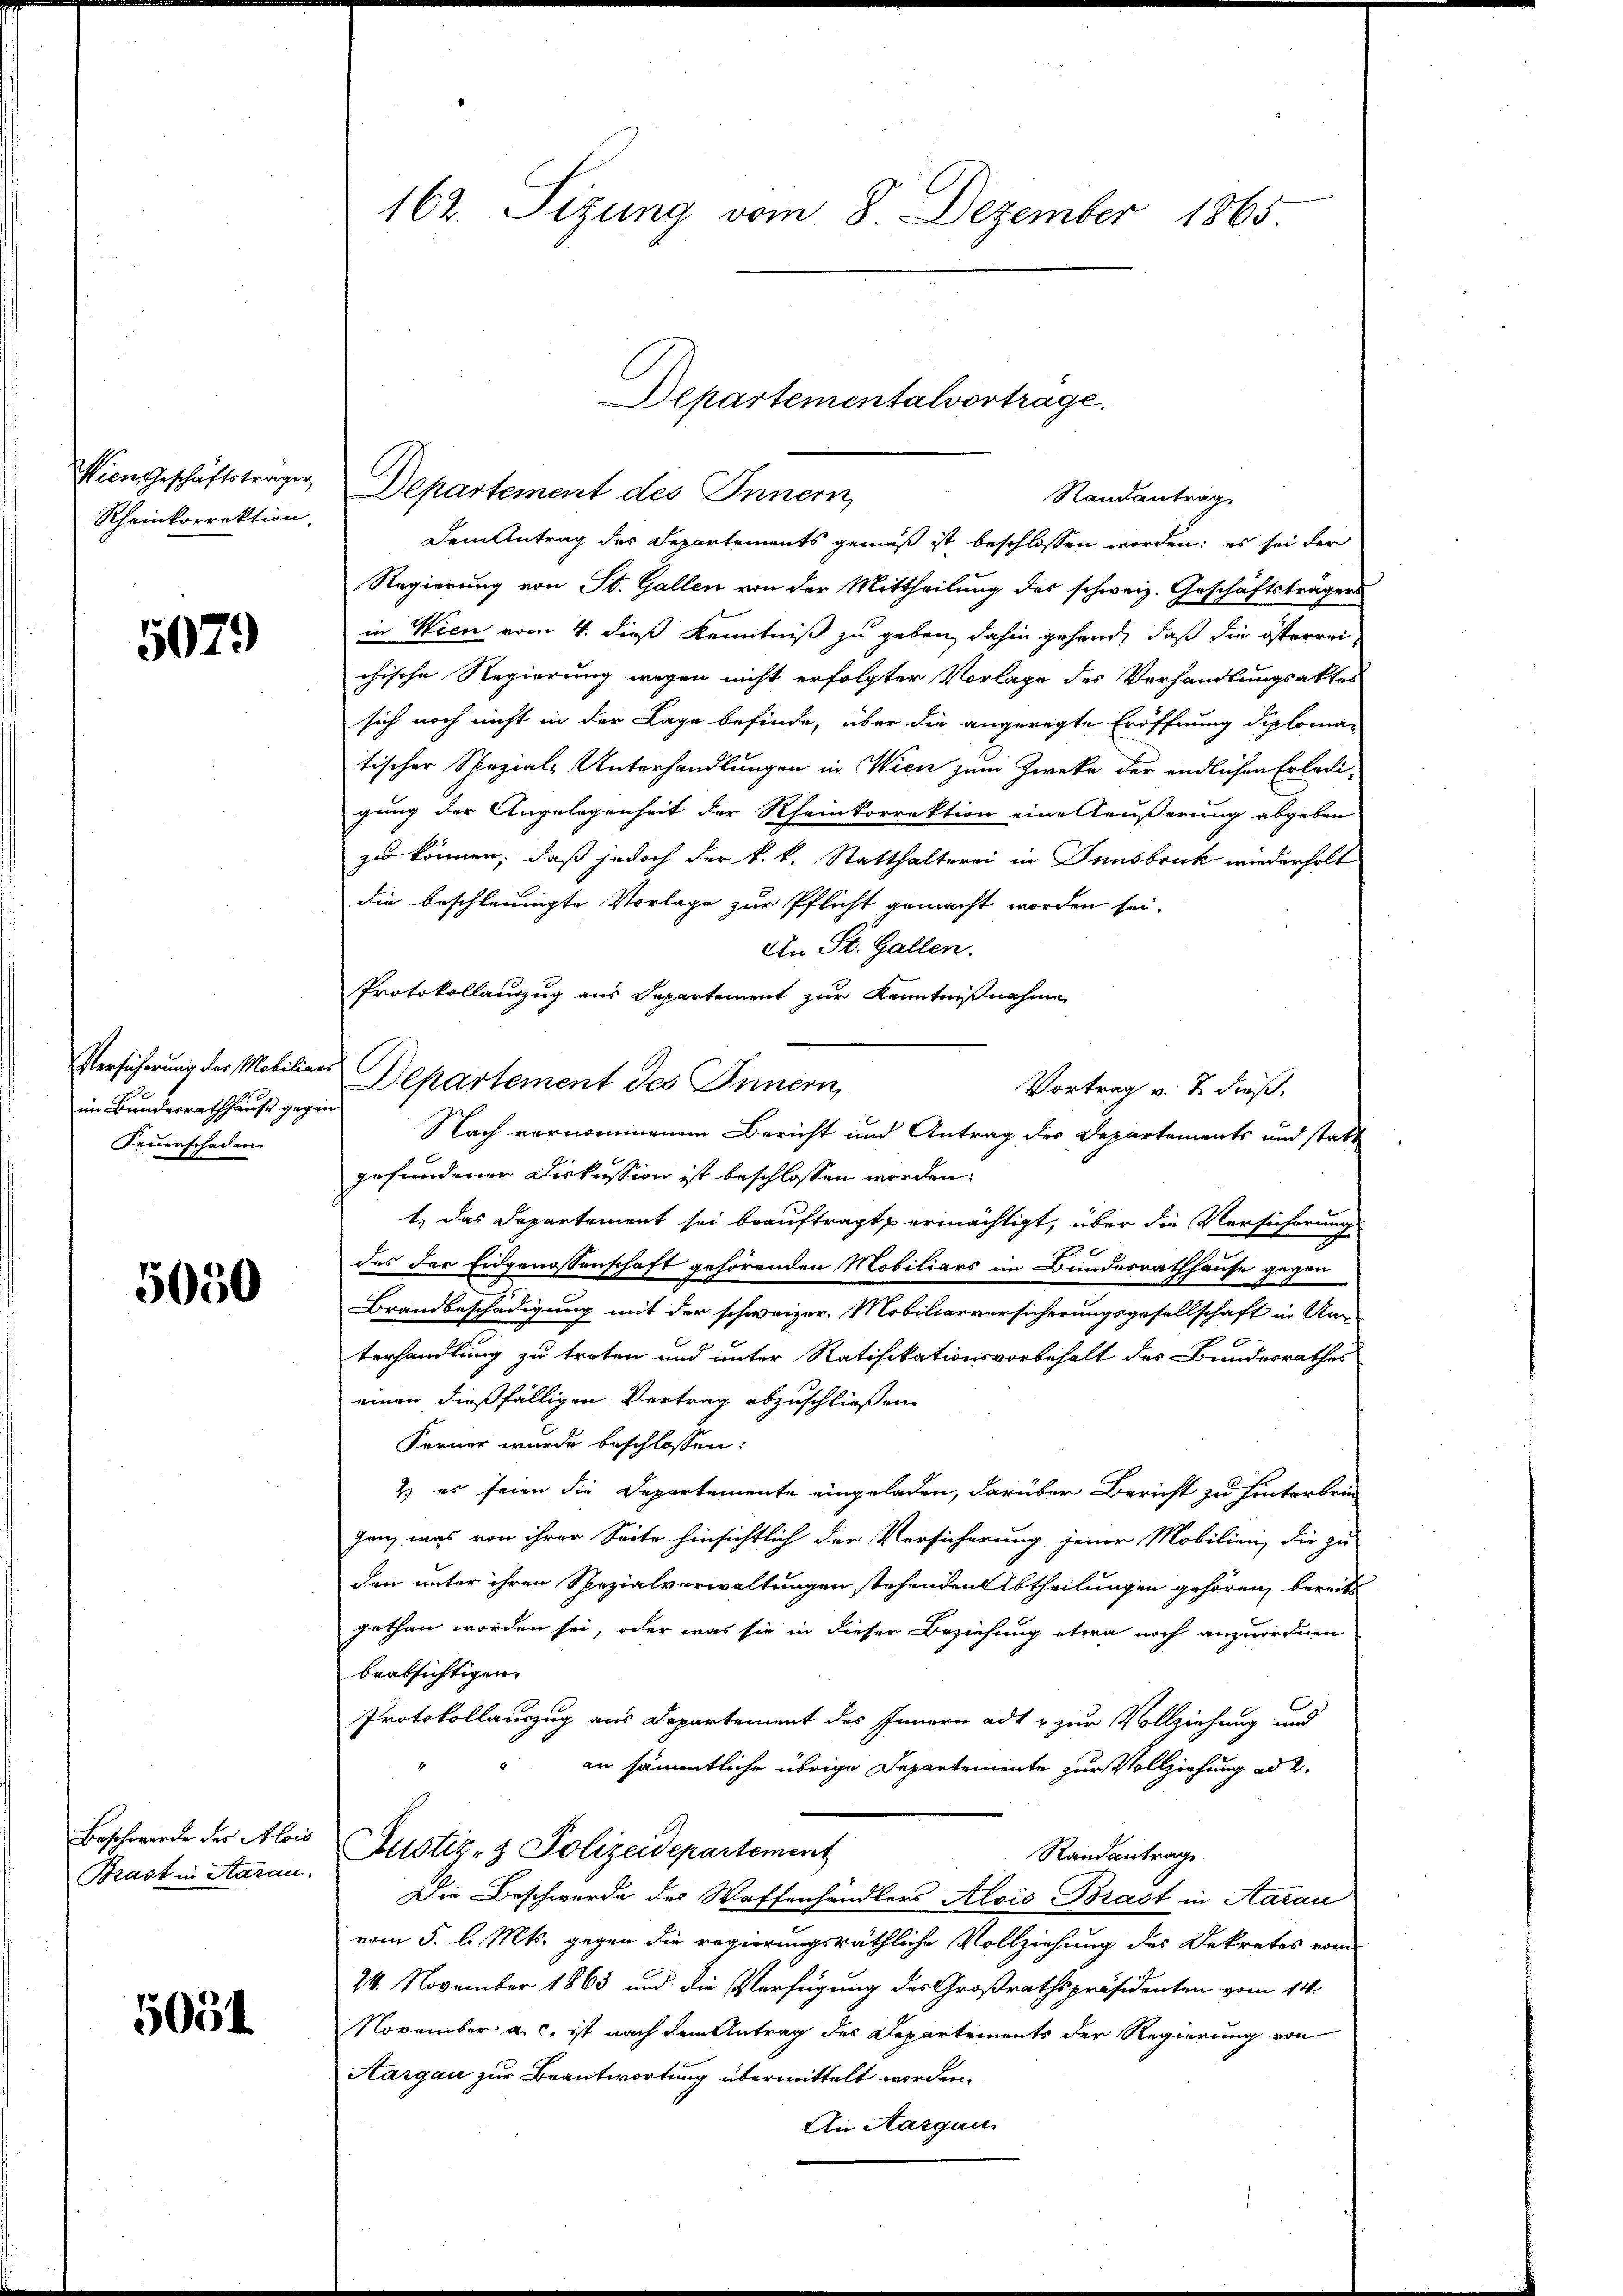
Wien Geschäftsträger,
Rheinkorrektion

5079

im Bundesrathhause gegen
Feuerschaden.

5050

Beschwerde des Alois
Brast in Saran.

5051

162. Sitzung vom 8. Dezember 1865

Dem Antrag des Departements gemäß ist beschlossen worden; es sei der
Regierung von St. Gallen von der Mittheilung des schweiz. Geschäftsträgers
in Wien vom 4. dieß Kenntniß zu geben, dahin gehend, daß die österreichische Regierung wegen nicht erfolgter Vorlage des Verhandlungsaktes
sich noch nicht in der Lage befinde, über die angeregte Eröffnung diploman
tischer Spezial-Unterhandlungen in Wien zum Zwecke der endlichen Erledi-
gung der Angelegenheit der Rheinkorrektion eine Aeußerung abgeben
zu können, daß jedoch der k. k. Statthalterei in Innsbruck wiederholt
die beschleinigte Vorlage zur Pflicht gemacht worden sei.
An St. Gallen.
Protokollauszug aus Departement zur Kenntnißnahme
Versicherung der Mobilier Departement des Innern,
Vortrag v. J. dieß.
Nach vernommenem Bericht und Antrag der Departements und statt
gefundener Diskussion ist beschlossen worden.
1.) Das Departement sei beauftragt, ermächtigt, über die Versicherung
des der Eidgenossenschaft gehörenden Mobiliars im Bundesrathhause gegen
Brandbeschädigung mit der schweizer. Mobiliarversicherungsgesellschaft in Un-
terhandlung zu treten und unter Ratifikationsvorbehalt des Bundesrathes
einen dießfälligen Vertrag abzuschließen.
Ferner wurde beschlossen:
2) es seien die Departemente eingeladen, darüber Bericht zu hinterbrin
gen, was von ihrer Seite hinsichtlich der Versicherung jener Mobilien, die zu
den unter ihren Spezialverwaltungen stehenden Abtheilungen gehören, bereits
gethan worden sei, oder was sie in dieser Beziehung etwa noch anzuordnen
beabsichtigen.
Protokollauszug aus Departement des Innern ad & zur Vollziehung und
an sämmtliche übrige Departemente zur Vollziehung ad 2.
Justiz- & Polizeidepartement
Randantrage
Die Beschwerde des Waffenhändlers Alois Brast in Aarau
vom 5. l. Mts. gegen die regierungsräthliche Vollziehung des Dekretes vom
24. November 1863 und die Verfügung des Großrathspräsidenten vom 14.
November a. c. ist nach dem Antrag des Departements der Regierung von
Aargau zur Beantwortung übermittelt worden.
An Aargau

Departementalvertrage.
Departement des Innern,
Randantrag